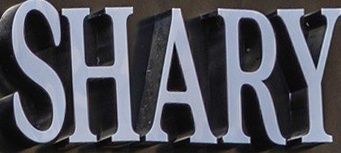
SHARY